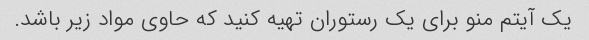
یک آیتم منو برای یک رستوران تهیه کنید که حاوی مواد زیر باشد.